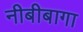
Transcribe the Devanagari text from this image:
नीबीबागा